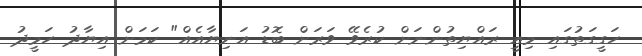
ހަގީގަތުގައި މިއީ ރައްޔިތުންނަށް ކުރެވޭ ވަރަށް ބޮޑު އަނިޔާއެއް" ކަމަށް އިޔާދު ހަމީދު